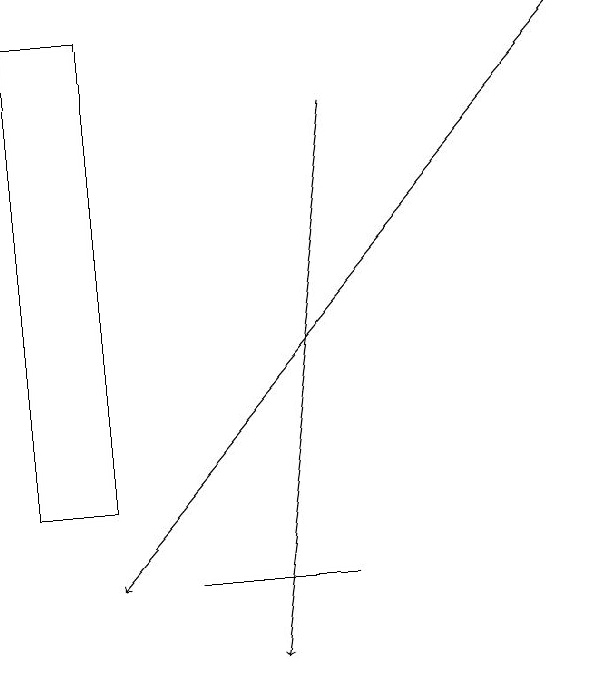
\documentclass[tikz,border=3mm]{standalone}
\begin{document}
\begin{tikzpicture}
\draw (2,18) rectangle (1,12);
\draw[->] (5,17) -- (4,10);
\draw[->] (8,18) -- (2,11);
\draw (3,11) rectangle (5,11);
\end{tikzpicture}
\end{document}